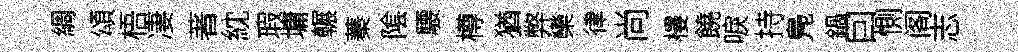
綢頌梧凄著紞瑕墉輾蓁隂騕樽猶弊欒律尚樓饒唳持鳬鍋囙惻阁志